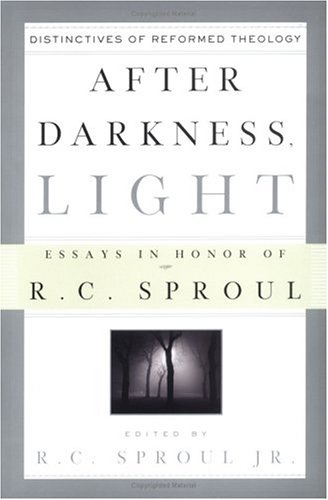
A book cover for After Darkness, Light: Distinctives of Reformed Theology: Essays in Honor of R. C. Sproul; R. C.; Christian Books & Bibles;